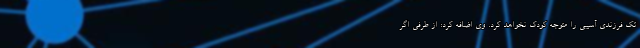
تک فرزندی آسیبی را متوجه کودک نخواهد کرد. وی اضافه کرد: از طرفی اگر